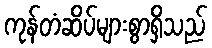
ကုန်တံဆိပ်များစွာရှိသည်